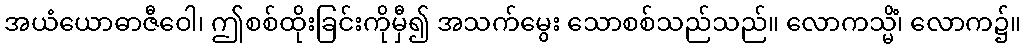
အယံယောဓာဇီဝေါ၊ ဤစစ်ထိုးခြင်းကိုမှီ၍ အသက်မွေး သောစစ်သည်သည်။ လောကသ္မိံ၊ လောက၌။